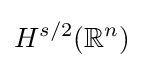
H^{s/2}(\mathbb {R} ^{n})